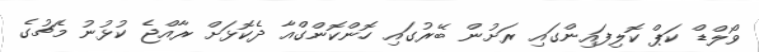
ވޯލްޑް ކަޕް ކޮލިފައިންގައި ރަށުން ބޭރުގައި ހޮންކޮންގްއާ ދެކޮޅަށް ރާއްޖެ ކުޅުނު މެޗުގެ